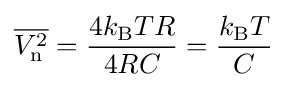
{\overline {V_{\text{n}}^{2}}}={4k_{\text{B}}TR \over 4RC}={k_{\text{B}}T \over C}